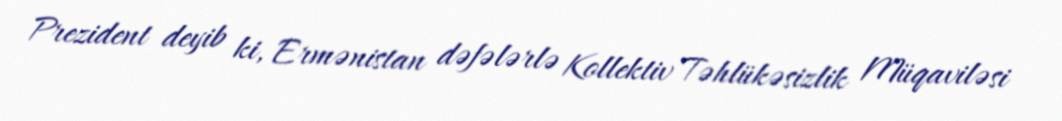
Prezident deyib ki, Ermənistan dəfələrlə Kollektiv Təhlükəsizlik Müqaviləsi